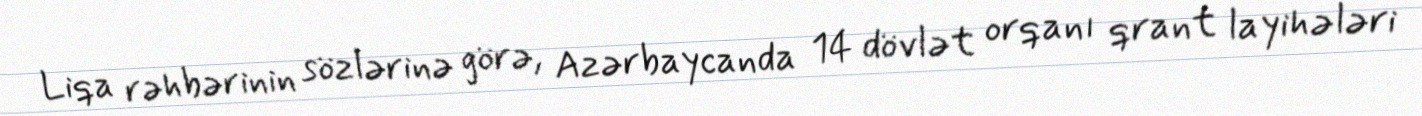
Liqa rəhbərinin sözlərinə görə, Azərbaycanda 14 dövlət orqanı qrant layihələri